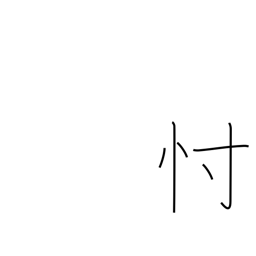
Meaning: conjecture